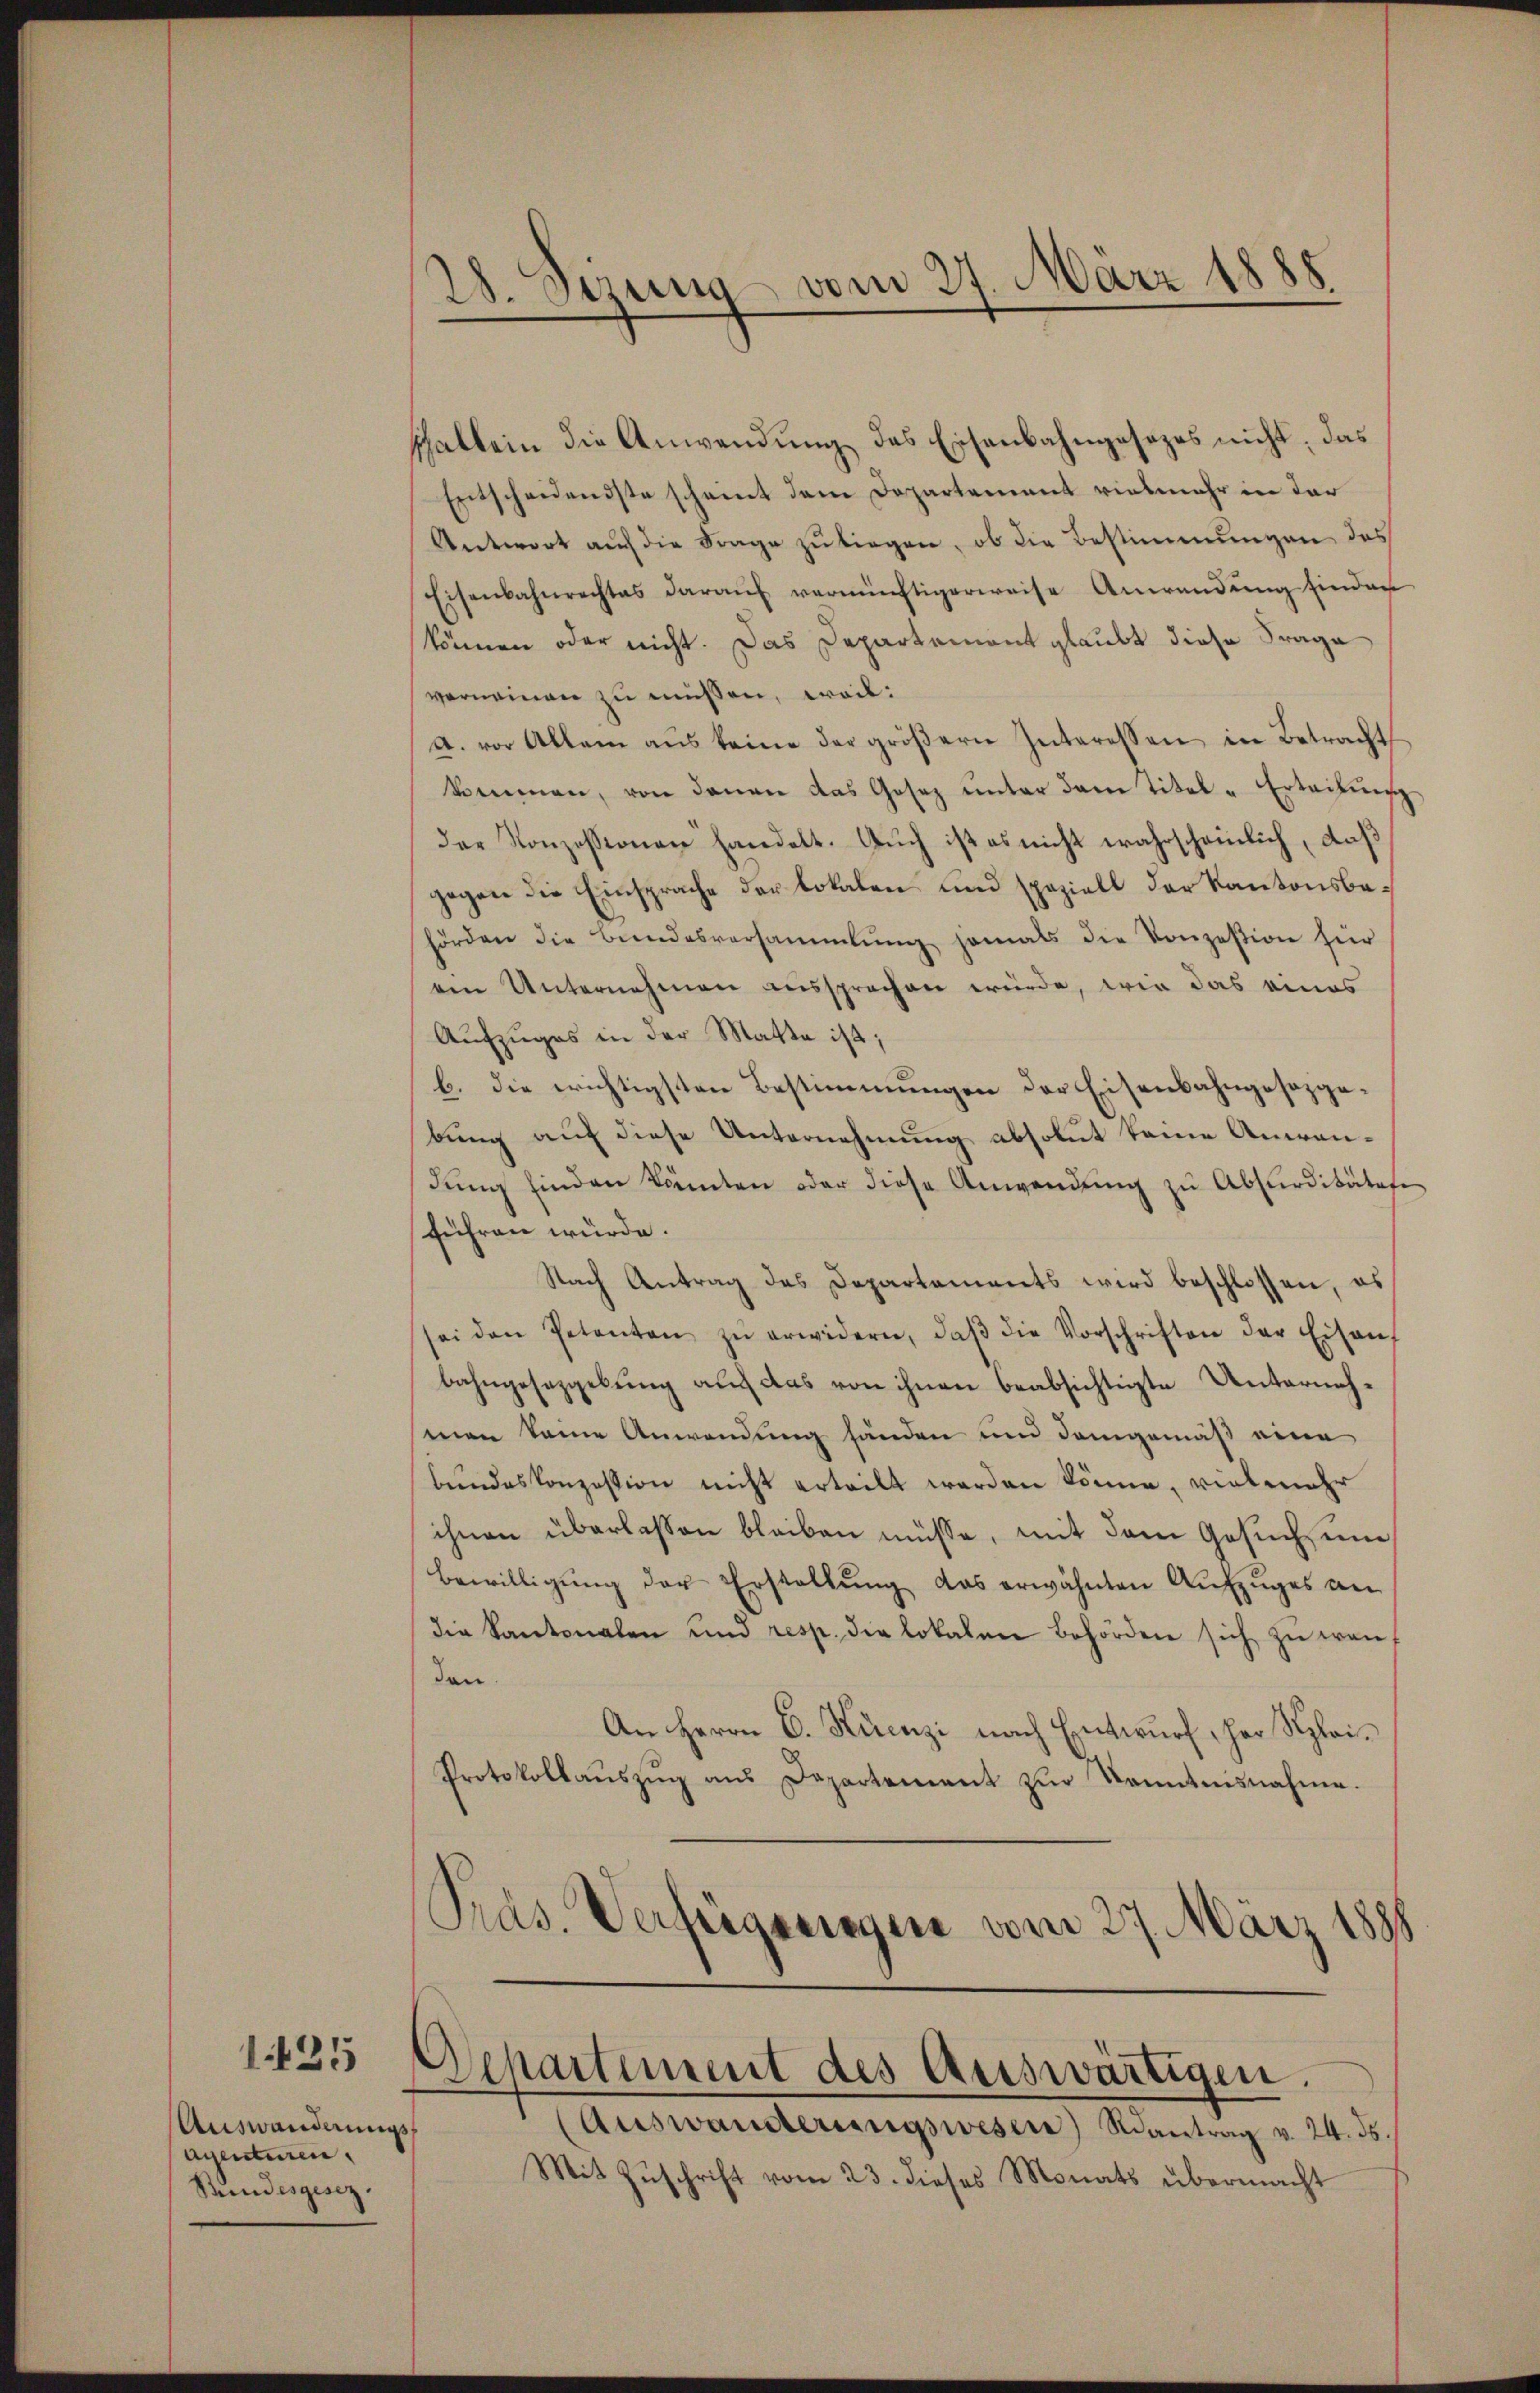
1425

Auswandlungs¬
Agentuiren,
Bundesgesez

28. Sizung vom 27. März 1885

schallein die Anwendung des Eisenbahngesezes nicht, das
Entscheidendste scheint dem Departement vielmehr in der
Antwort auch die Frage zu liegen, ob die Bestimmungen das
Eisenbahnrechtes darauf vernünftigerweise Anwendung einder
können oder nicht. Das Departement glaubt diese Frage
verneinen zu müßen, weil:
a. vor Allem aŭs keine der gröβern Interessen in Betracht
kommen, von denen das Gesez ŭnter dem Titel -Erteilŭng
der Konzessionen handelt. Auch ist es nicht wahrscheinlich, daß
gegen die Einsprache der lokalen und speziell der Kantonsbehörden die Bŭndesversammlung jemals die Konzesion hier
ein Unternehmen aussprachen würde, wie das eines
Aufzuges in der Matte ist;
b. die wichtigsten Bestimmungen der Eisenbahngesezgabung auf diese Unternehmung absolut keine Anwendŭng finden könnten oder diese Anwendŭng zu Absurditätafe
führen würde.
Nach Antrag des Departaments wird beschlossen, es
sei den Petenten zŭ erwidern, daβ die Vorschriften der Eisen-
bahngeseggelŭng auf das von ihnen beabsichtigte Unternehmen keine Anwendung händen und demgemäß eine
bundeskonzession nicht erteilt werden könne, vielmehr
ihnen überlassen bleiben müsse, mit dem Gesuchun
bewilligŭng der Erstellŭng das erwähnten Aŭfzŭges an
die Kantonalen und resp. die lokalen Behörden sich zŭ wen
den.
An Herrn C. Hienzi nach Entwurf, her Klei¬
Protokollaŭszŭg ans Departement zŭr Kenntnisnahme.
Präs. Verfügungen vom 27. März 1888
Departement des Auswärtigen.
Auswanderungswesen) antrag v. 24. 55.
Mit Zŭschrift vom 23. dieses Monats übermacht